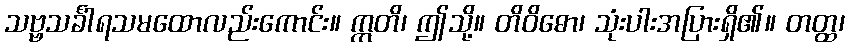
သဗ္ဗသင်္ခါရသမထောလည်းကောင်း။ ဣတိ၊ ဤသို့။ တိဝိဓော၊ သုံးပါးအပြားရှိ၏။ တတ္ထ၊